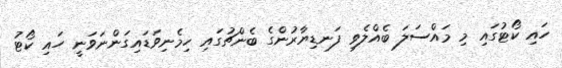
ހައި ކޯޓުގައި މި މައްސަލަ ބެއްލެވި ފަނޑިޔާރުންގެ ބެންޗުގައި ހިމެނިވަޑައިގަންނަވަނީ ހައި ކޯޓު